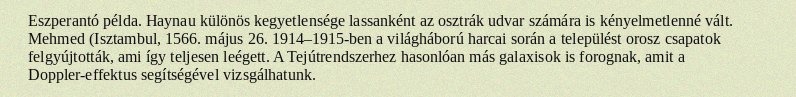
Eszperantó példa. Haynau különös kegyetlensége lassanként az osztrák udvar számára is kényelmetlenné vált. Mehmed (Isztambul, 1566. május 26. 1914–1915-ben a világháború harcai során a települést orosz csapatok felgyújtották, ami így teljesen leégett. A Tejútrendszerhez hasonlóan más galaxisok is forognak, amit a Doppler-effektus segítségével vizsgálhatunk.